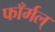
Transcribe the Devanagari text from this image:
फाँर्मल्